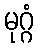
မုဂ္ဂံ